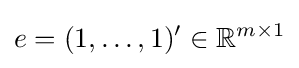
e=(1,\dots ,1)'\in \mathbb {R} ^{m\times 1}